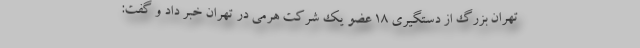
تهران بزرگ از دستگیری ۱۸ عضو یک شرکت هرمی در تهران خبر داد و گفت: